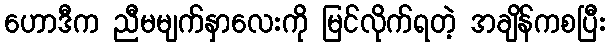
ဟောဒီက ညီမမျက်နှာလေးကို မြင်လိုက်ရတဲ့ အချိန်ကစပြီး